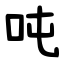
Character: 吨